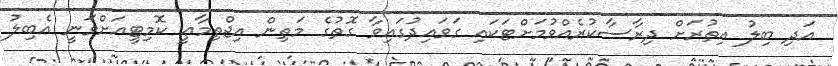
އަދި ބިލު އިތުރަށް ދިރާސާކުރެއްވުމަށްޓަކައި ގަވައިދުގައިވާ ގޮތުގެ މަތިން އިޖްތިމާޢީ ކޮމިޓީއަށްވަނީ އެބިލު